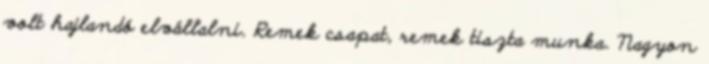
volt hajlandó elvállalni. Remek csapat, remek tiszta munka. Nagyon